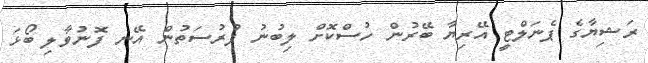
ރަޝިޔާގެ ޕެނަލްޓީ އޭރިޔާ ބޭރުން ހުސްކޮށް ލިބުނު ފުރުސަތުން އޭނ ފޮނުވާލި ބޯޅަ